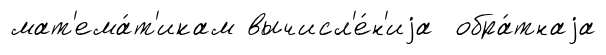
мат'ема́т'икам вычисл'е́н'иjа обра́тнаjа